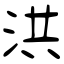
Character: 洪